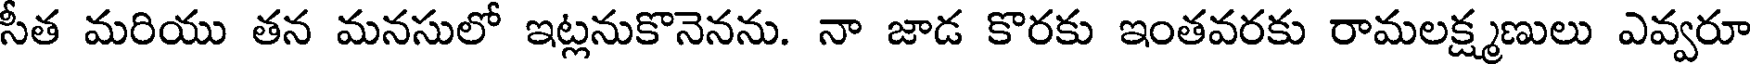
సీత మరియు తన మనసులో ఇట్లనుకొనెనను. నా జాడ కొరకు ఇంతవరకు రామలక్ష్మణులు ఎవ్వరూ